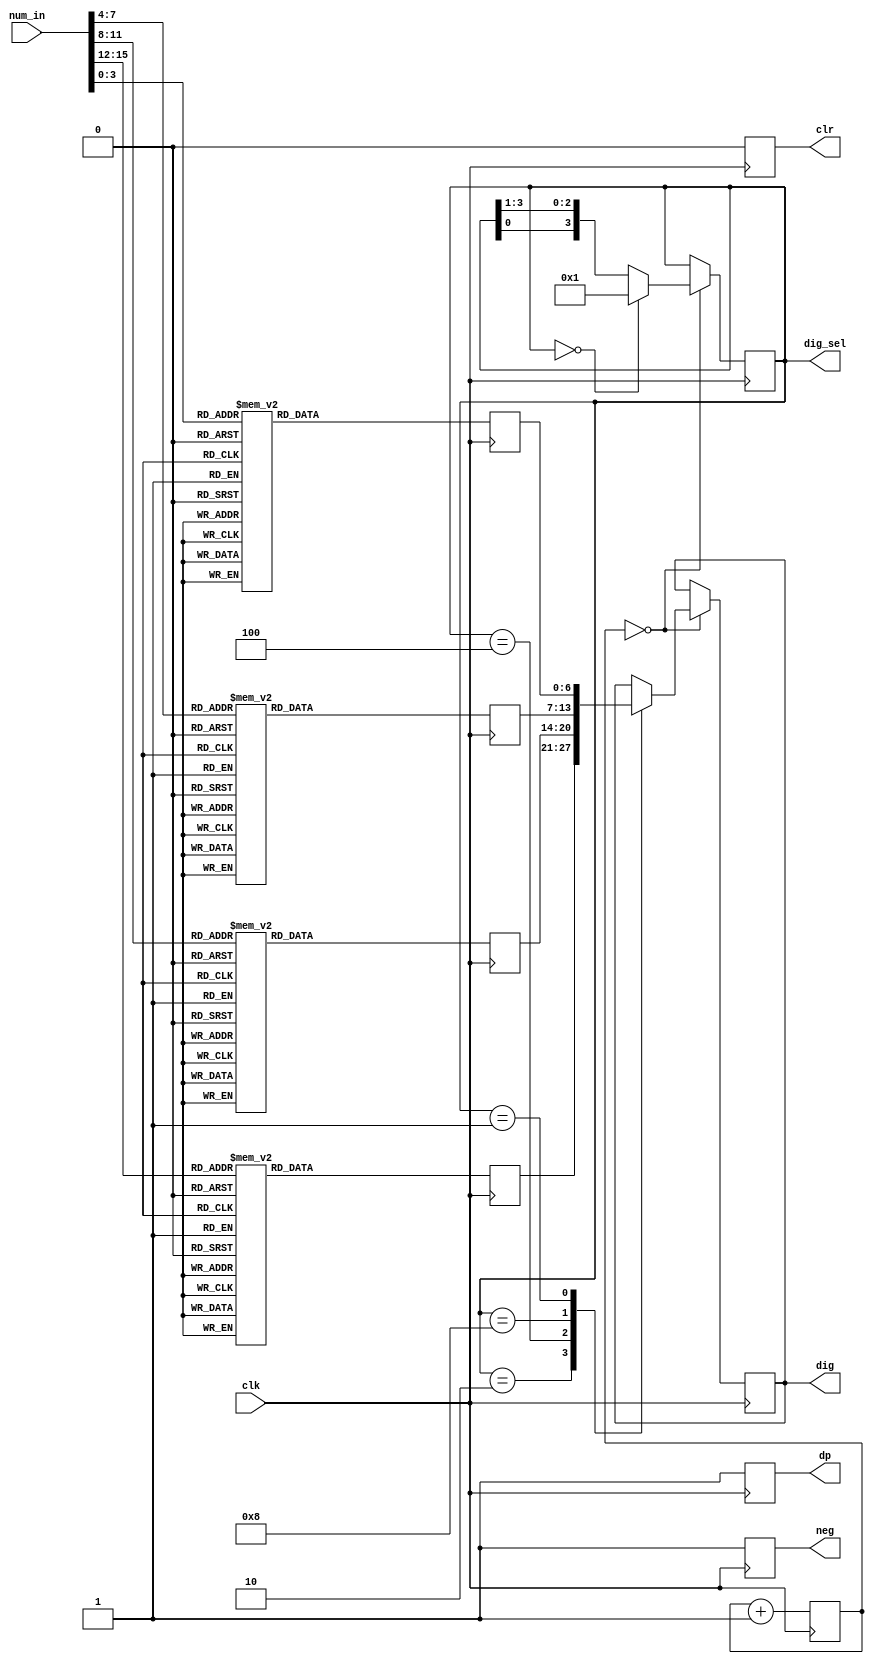
`timescale 1 ns / 1 ps

module seven_segment_display
(
  input clk,
  input [15:0]num_in,
  output reg [6:0]dig,
  output reg dp,
  output reg neg,
  output reg clr,
  output reg [3:0]dig_sel
);

//dig format
//dig[0] : A, top
//dig[1] : B, top/right
//dig[2] : C, bottom/right
//dig[3] : D, bottom
//dig[4] : E, bottom/left
//dig[5] : F, top/left
//dig[6] : G, middle
reg [6:0]dig1;
reg [6:0]dig2;
reg [6:0]dig3;
reg [6:0]dig4;

reg [19:0] clk_div;

always @(posedge clk) begin
  clk_div = clk_div + 1;
end

always @(posedge clk) begin
  /* dig_sel <= 4'b0001; */
  /* dig <= dig1; */
  if (clk_div == 0)
  begin
    if(dig_sel == 0)
      dig_sel <= 1;
    else
      dig_sel <= {dig_sel[0],dig_sel[3:1]};

    case(dig_sel)
      4'b0010: dig <= dig4;
      4'b0100: dig <= dig3;
      4'b1000: dig <= dig2;
      4'b0001: dig <= dig1;
    endcase
  end
end


always @(posedge clk) begin
  case(num_in[3:0])
    4'b0000: dig1 = 7'b1000000; //0
    4'b0001: dig1 = 7'b1111001; //1
    4'b0010: dig1 = 7'b0100100; //2
    4'b0011: dig1 = 7'b0110000; //3
    4'b0100: dig1 = 7'b0011001; //4
    4'b0101: dig1 = 7'b0010010; //5
    4'b0110: dig1 = 7'b0000010; //6
    4'b0111: dig1 = 7'b1111000; //7
    4'b1000: dig1 = 7'b0000000; //8
    4'b1001: dig1 = 7'b0010000; //9
    4'b1010: dig1 = 7'b0001000; //A
    4'b1011: dig1 = 7'b0000011; //b
    4'b1100: dig1 = 7'b1000110; //C
    4'b1101: dig1 = 7'b0100001; //d
    4'b1110: dig1 = 7'b0000110; //E
    4'b1111: dig1 = 7'b0001110; //F
  endcase
  case(num_in[7:4])
    4'b0000: dig2 = 7'b1000000; //0
    4'b0001: dig2 = 7'b1111001; //1
    4'b0010: dig2 = 7'b0100100; //2
    4'b0011: dig2 = 7'b0110000; //3
    4'b0100: dig2 = 7'b0011001; //4
    4'b0101: dig2 = 7'b0010010; //5
    4'b0110: dig2 = 7'b0000010; //6
    4'b0111: dig2 = 7'b1111000; //7
    4'b1000: dig2 = 7'b0000000; //8
    4'b1001: dig2 = 7'b0010000; //9
    4'b1010: dig2 = 7'b0001000; //A
    4'b1011: dig2 = 7'b0000011; //b
    4'b1100: dig2 = 7'b1000110; //C
    4'b1101: dig2 = 7'b0100001; //d
    4'b1110: dig2 = 7'b0000110; //E
    4'b1111: dig2 = 7'b0001110; //F
  endcase
  case(num_in[11:8])
    4'b0000: dig3 = 7'b1000000; //0
    4'b0001: dig3 = 7'b1111001; //1
    4'b0010: dig3 = 7'b0100100; //2
    4'b0011: dig3 = 7'b0110000; //3
    4'b0100: dig3 = 7'b0011001; //4
    4'b0101: dig3 = 7'b0010010; //5
    4'b0110: dig3 = 7'b0000010; //6
    4'b0111: dig3 = 7'b1111000; //7
    4'b1000: dig3 = 7'b0000000; //8
    4'b1001: dig3 = 7'b0010000; //9
    4'b1010: dig3 = 7'b0001000; //A
    4'b1011: dig3 = 7'b0000011; //b
    4'b1100: dig3 = 7'b1000110; //C
    4'b1101: dig3 = 7'b0100001; //d
    4'b1110: dig3 = 7'b0000110; //E
    4'b1111: dig3 = 7'b0001110; //F
  endcase
  case(num_in[15:12])
    4'b0000: dig4 = 7'b1000000; //0
    4'b0001: dig4 = 7'b1111001; //1
    4'b0010: dig4 = 7'b0100100; //2
    4'b0011: dig4 = 7'b0110000; //3
    4'b0100: dig4 = 7'b0011001; //4
    4'b0101: dig4 = 7'b0010010; //5
    4'b0110: dig4 = 7'b0000010; //6
    4'b0111: dig4 = 7'b1111000; //7
    4'b1000: dig4 = 7'b0000000; //8
    4'b1001: dig4 = 7'b0010000; //9
    4'b1010: dig4 = 7'b0001000; //A
    4'b1011: dig4 = 7'b0000011; //b
    4'b1100: dig4 = 7'b1000110; //C
    4'b1101: dig4 = 7'b0100001; //d
    4'b1110: dig4 = 7'b0000110; //E
    4'b1111: dig4 = 7'b0001110; //F
  endcase
end

always @(posedge clk) begin
  dp <= 1;
  neg <= 1;
  clr <= 0;
end

endmodule